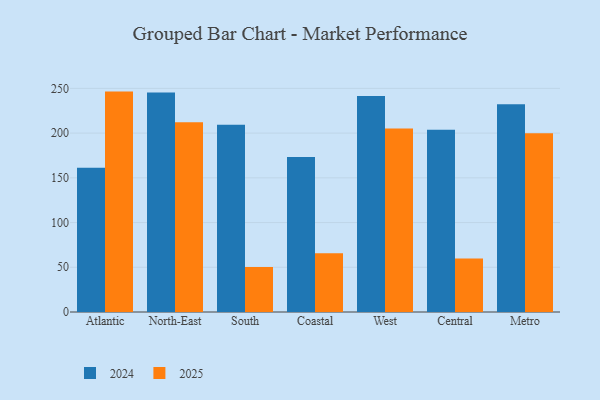
{"axis": {"x": "Region", "y": "Production Output"}, "legend": ["2024", "2025"], "data": [{"x": "Atlantic", "y": 246.4, "type": "2025"}, {"x": "Atlantic", "y": 161.2, "type": "2024"}, {"x": "North-East", "y": 212.2, "type": "2025"}, {"x": "North-East", "y": 245.3, "type": "2024"}, {"x": "South", "y": 50.3, "type": "2025"}, {"x": "South", "y": 209.3, "type": "2024"}, {"x": "Coastal", "y": 65.8, "type": "2025"}, {"x": "Coastal", "y": 173.3, "type": "2024"}, {"x": "West", "y": 205.2, "type": "2025"}, {"x": "West", "y": 241.5, "type": "2024"}, {"x": "Central", "y": 59.8, "type": "2025"}, {"x": "Central", "y": 203.7, "type": "2024"}, {"x": "Metro", "y": 199.8, "type": "2025"}, {"x": "Metro", "y": 232.3, "type": "2024"}]}